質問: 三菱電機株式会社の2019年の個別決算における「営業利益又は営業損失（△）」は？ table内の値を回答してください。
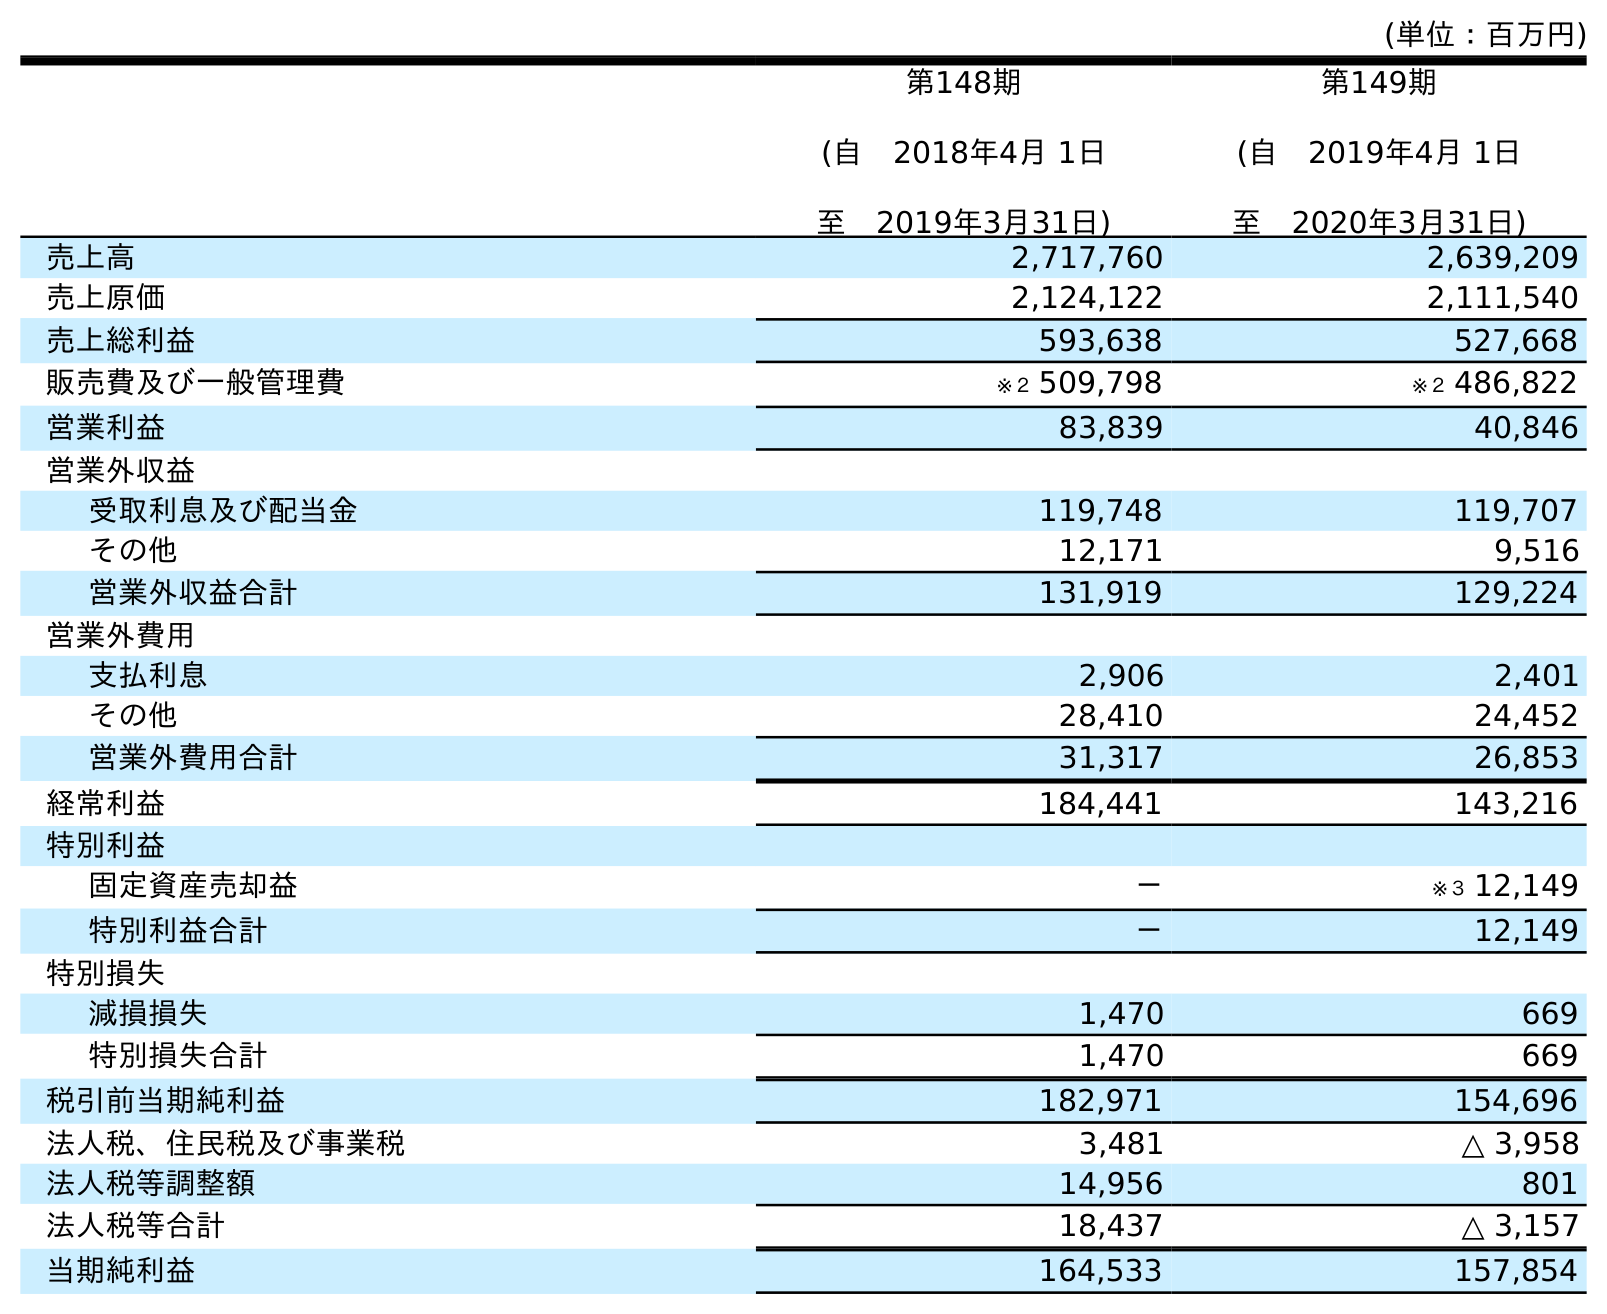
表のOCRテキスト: (単位：百万円) 第148期 (自 2018年4月 1日 至 2019年3月31日) 第149期 (自 2019年4月 1日 至 2020年3月31日) 売上高 2,717,760 2,639,209 売上原価 2,124,122 2,111,540 売上総利益 593,638 527,668 販売費及び一般管理費 ※２ 509,798 ※２ 486,822 営業利益 83,839 40,846 営業外収益 受取利息及び配当金 119,748 119,707 その他 12,171 9,516 営業外収益合計 131,919 129,224 営業外費用 支払利息 2,906 2,401 その他 28,410 24,452 営業外費用合計 31,317 26,853 経常利益 184,441 143,216 特別利益 固定資産売却益 － ※３ 12,149 特別利益合計 － 12,149 特別損失 減損損失 1,470 669 特別損失合計 1,470 669 税引前当期純利益 182,971 154,696 法人税、住民税及び事業税 3,481 △ 3,958 法人税等調整額 14,956 801 法人税等合計 18,437 △ 3,157 当期純利益 164,533 157,854
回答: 83,839